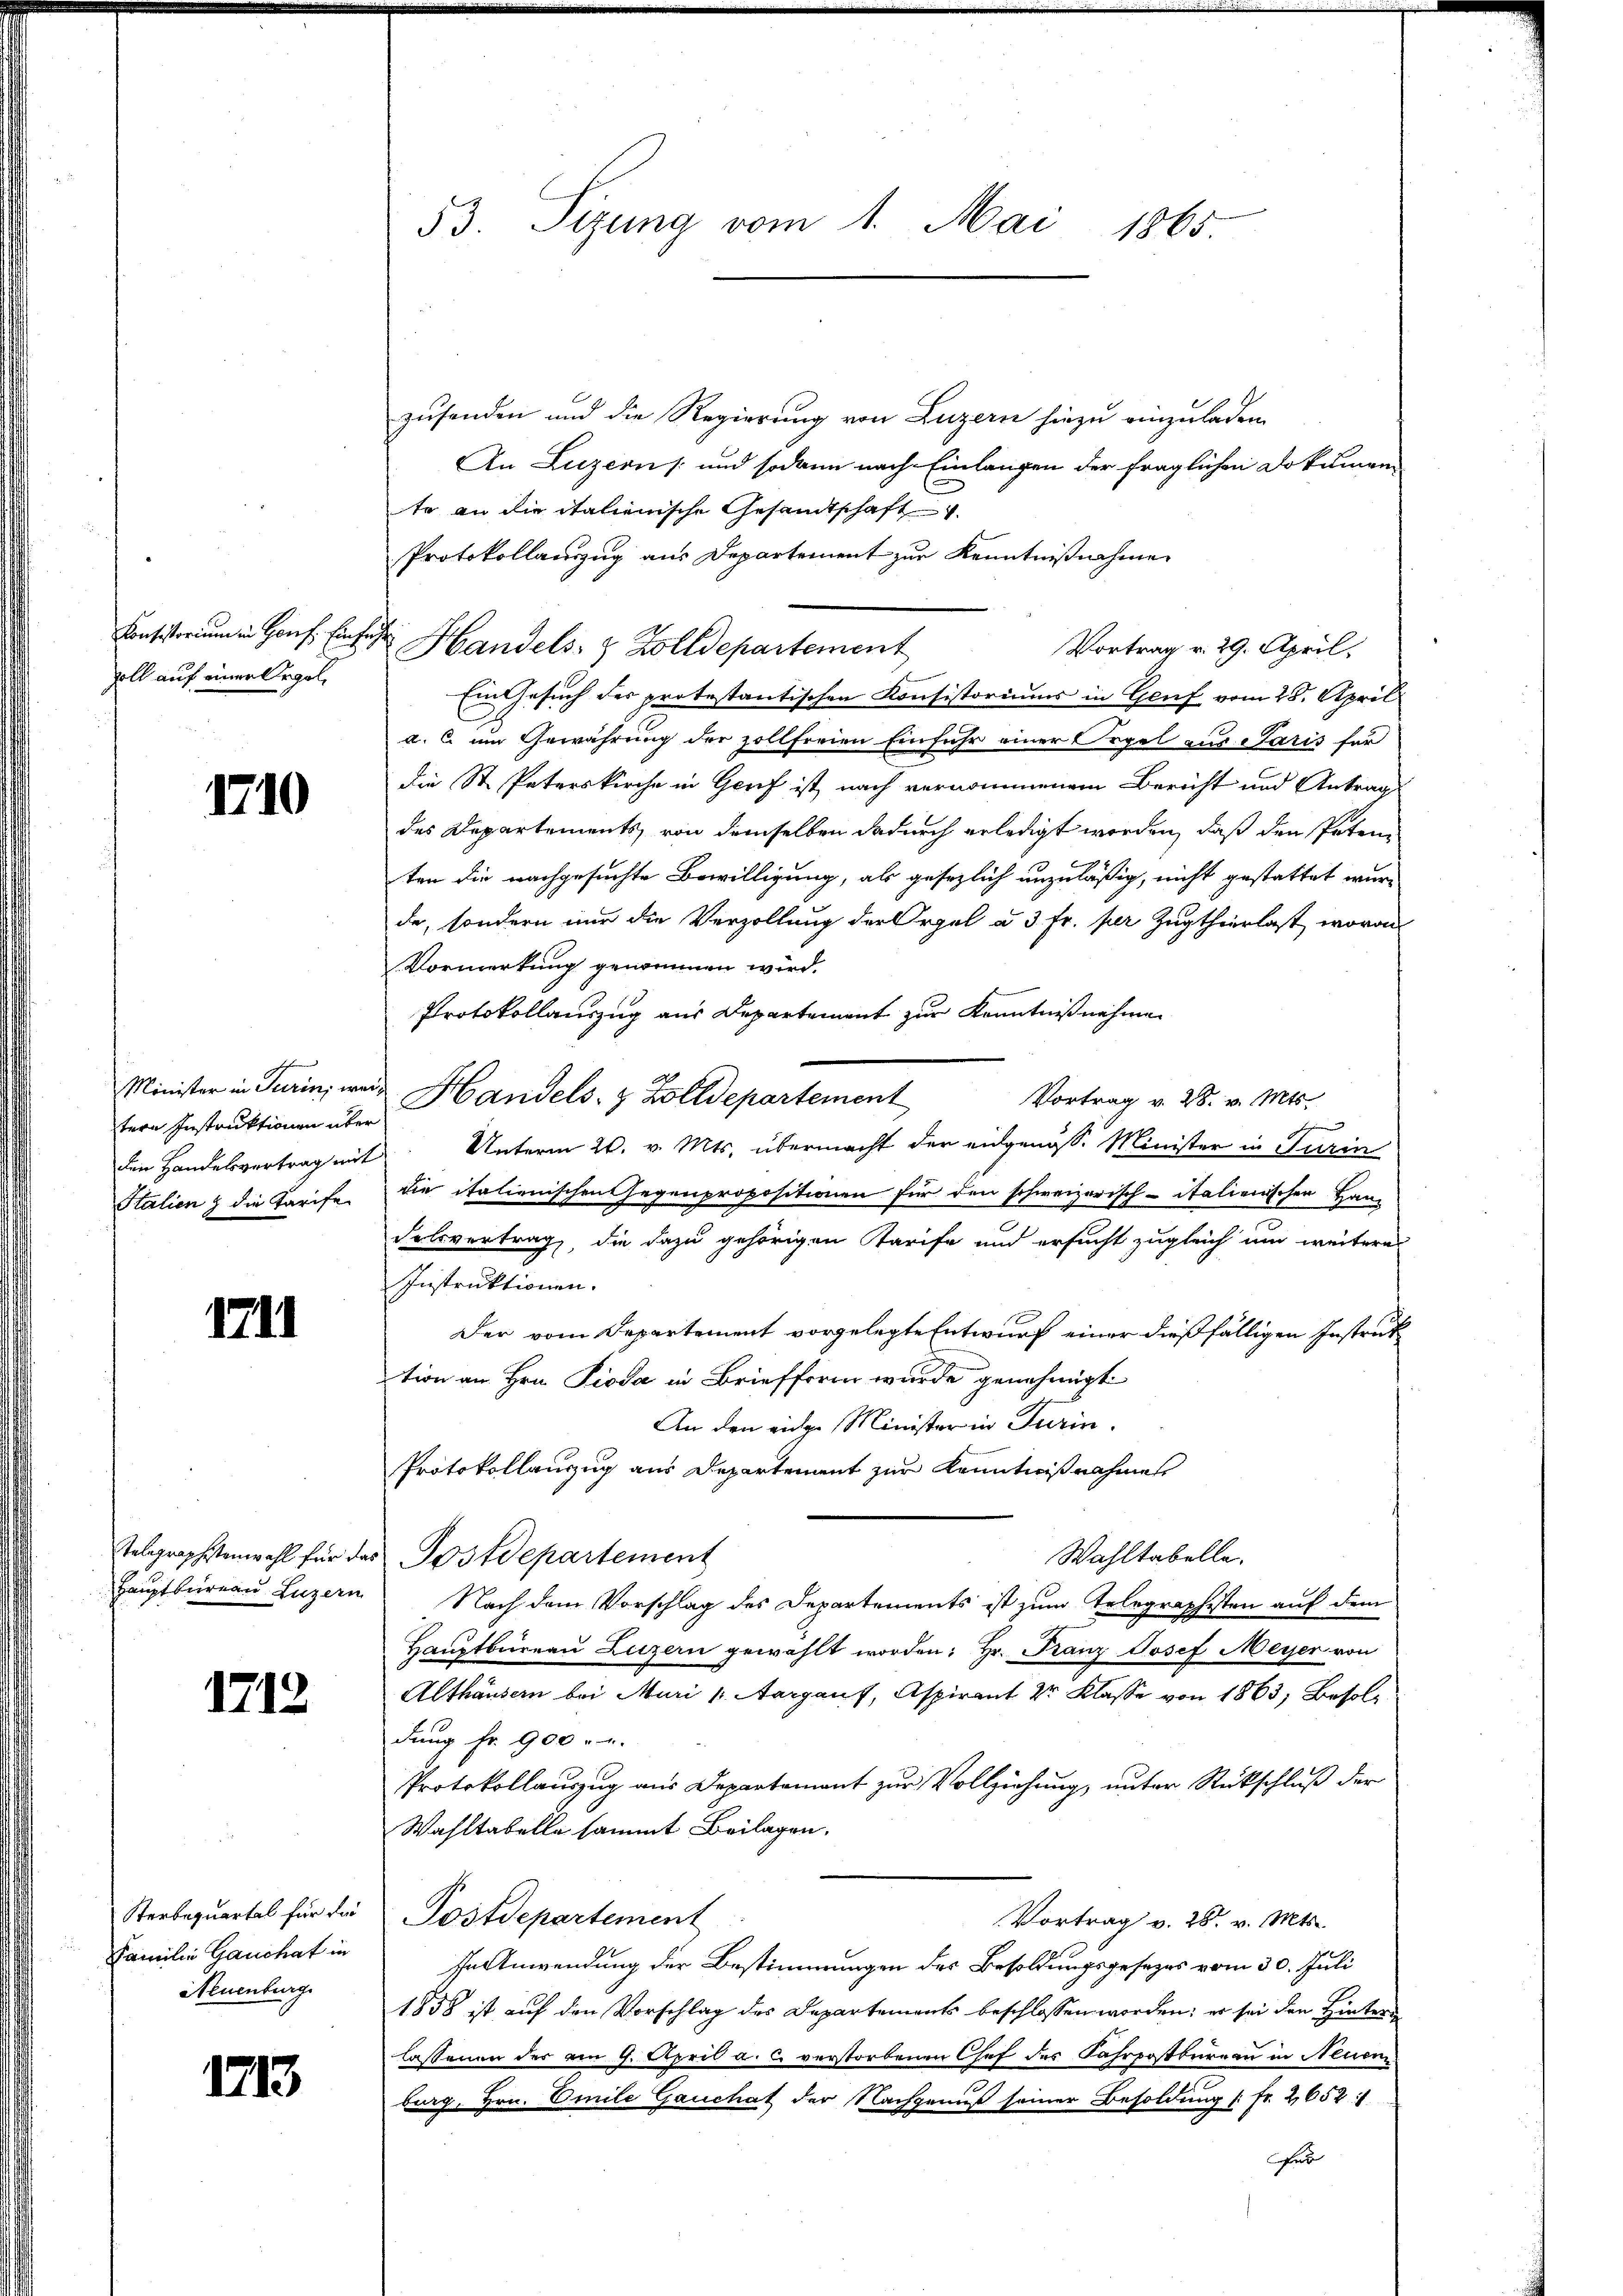
soll auf einer Orgele

1710

tern Instruktionen über

1741

1713

Familie Gauchat in
Neuenburg

1213

zusenden und die Regierung von Luzern hiezu einzuladen
An Luzern / und sodann nach Einlangen der fraglichen Dokumen
te an die italienische Gesandtschaft
Protokollanzug aus Departement zur Kenntnißnahme
Consistorium in Hof in Handels- & Zolldepartement
Vortrag v. 29. April.
Ein Gesuch des protestantischen Konsistoriums in Genf vom 28. April
a. C. um Gewährung der zollfreien Einfuhr einer Orgel aus Paris für
die St. Paterskirche in Gerif ist nach vernommenem Bericht und Antrag
des Departements, von demselben dadurch erledigt worden, daß den Peten
ten die nachgesuchte Bewilligung, als gesezlich unzuläßig, nicht gestattet wurde, sondern nur die Verzollung der Orgel à 3 Fr. per Zugthierlast, wovon
Vormerkung genommen wird.
Protokollauszug aus Departement zur Kenntnißnahmen
Minister in Turini wei Handels- & Zolldepartement
Vortrag v. 28. v. Mts.
den Handelsvertrag mit Unterm 20. v. Mts. übermacht der eidgenösse Minister in Turin
Italien & die Tarife die italienischen Gegenpropositionen für den schweizerisch-italienischen Han¬
Felsvertrag, die dazu gehörigen Tarife und ersucht zugleich um weiteres
Instruktionen.
Der vom Departement vorgelegte Entwurf einer dießfälligen Instruk
tion an Hrn. Pioda in Briefform wurde genehmigt
An den eidge Minister in Turin.
Protokollanzug aus Departement zur Kenntnißnahmes
Telegraphistenwahl für das Postdepartement
Wahltabelle.
Hauptbureau Luzern Nach dem Vorschlag des Departements ist zum Telegraphisten auf dem
Hauptbureau Luzern gewählt worden; Hr. Franz Josef Meyer von
Althäusern bei Muri / Aargauf, Aspirant 2r Klasse von 1863; Befolg
dung fr. 900
Protokollauszug aus Departement zur Vollziehung, unter Rückschluß der
Wahltabelle sammt Beilagen.
Sterbeqŭartal für die Postdepartement
Vortrag v. 28. v. Mts.
In Anwendung der Bestimmungen des Besoldungsgesezes vom 30. Juli
1858 ist auf den Vorschlag des Departements beschlossen worden; er sei den Hinters
lassenen der am 9. April a. c. verstorbenen Chef des Fahrpostbureau in Neuen
burg, Hrn. Emile Gauchat der Nachgenuß seiner Besoldung [Fr. 2652:
für

53. Sizung vom 1. Mai 1865.